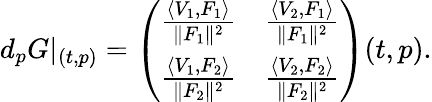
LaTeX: d_{p}G\vert_{(t,p)}=\left(\begin{array}{cc}{\frac{\left\langle V_{1},F_{1}\right\rangle}{\| F_{1}\| ^{2}}}&{\frac{\left\langle V_{2},F_{1}\right\rangle}{\| F_{1}\| ^{2}}}\\ {\frac{\left\langle V_{1},F_{2}\right\rangle}{\| F_{2}\| ^{2}}}&{\frac{\left\langle V_{2},F_{2}\right\rangle}{\| F_{2}\| ^{2}}}\end{array}\right)(t,p).